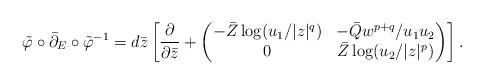
LaTeX: \begin{align*}\tilde\varphi\circ\bar\partial_E\circ\tilde\varphi^{-1} = d\bar z\left[\frac{\partial}{\partial\bar z} +\begin{pmatrix} -\bar Z\log (u_1/|z|^{q}) & -\bar Qw^{p+q}/u_1u_2 \\ 0 & \bar Z\log(u_2/|z|^{p}) \end{pmatrix} \right].\end{align*}